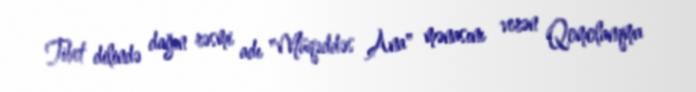
Tibet dilində dağın rəsmi adı "Müqəddəs Ana" mənasını verən Qomolanqma